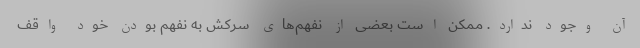
آن وجود ندارد. ممکن است بعضی از نفهم‌های سرکش به نفهم بودن خود واقف